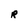
Character: R